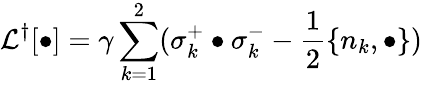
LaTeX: \mathcal{L}^{\dagger}[\bullet]=\gamma\sum_{k=1}^{2}(\sigma_{k}^{+}\bullet\sigma_{k}^{-}-\frac{1}{2}\{ n_{k},\bullet\} )